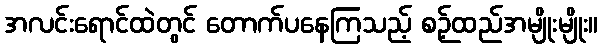
အလင်းရောင်ထဲတွင် တောက်ပနေကြသည့် စဉ့်ထည်အမျိုးမျိုး။